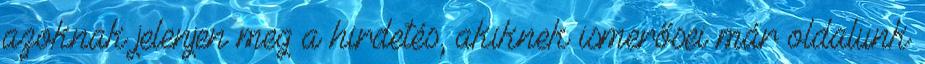
azoknak jelenjen meg a hirdetés, akiknek ismerősei már oldalunk